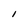
Character: I